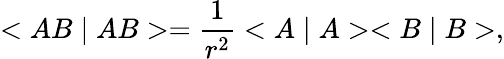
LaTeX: <AB\mid AB>=\frac 1{r^{2}}<A\mid A><B\mid B>,